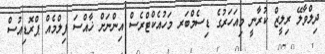
ދިލްވާލޭ ރިލީޒް ކުރާނީ މިއަހަރުގެ ޑިސެމްބަރ މަހުއެކްޓްރެސް އިންނަށް ޚާއްސަ ފިލްމެއް ޕްރޮޑިއުސް